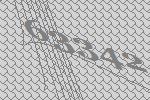
63342